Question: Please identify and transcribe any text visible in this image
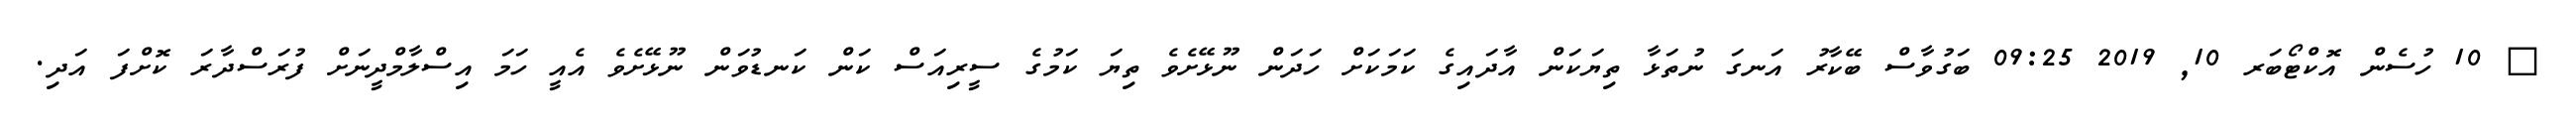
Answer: ? 10 ހުސެން އޮކްޓޯބަރ 10, 2019 09:25 ބަގުވާސް ބޭކާރު އަނގަ ނުތަޅާ ތިޔަކަން އާދައިގެ ކަމަކަށް ހަދަން ނޫޅޭށެވެ ތިޔަ ކަމުގެ ސީރިއަސް ކަން ކަނޑުވަން ނޫޅޭށެވެ އެއީ ހަމަ އިސްލާމްދީނަށް ފުރަސްދާރަ ކޮށްފަ އަދި.